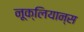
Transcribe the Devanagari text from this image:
नूक्लियान्स